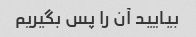
بیایید آن را پس بگیریم